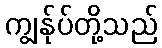
ကျွန်ုပ်တို့သည်